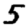
Digit: 5